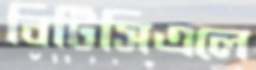
বিটিসিএলে